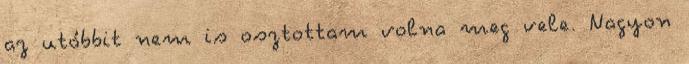
az utóbbit nem is osztottam volna meg vele. Nagyon